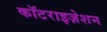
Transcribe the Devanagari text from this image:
कॉटराइज़ेशन